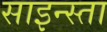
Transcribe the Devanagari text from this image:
साइन्स्ता